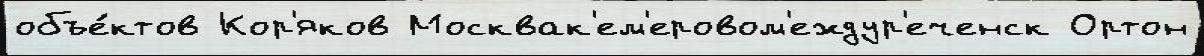
объе́ктов Кор'яков Москвак'ем'еровом'еждур'еченск Ортон